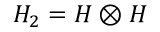
H _ { 2 } = H \otimes H